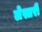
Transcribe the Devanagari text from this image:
लेस्तरी